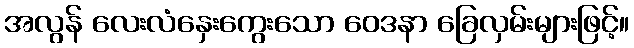
အလွန် လေးလံနှေးကွေးသော ဝေဒနာ ခြေလှမ်းများဖြင့်။